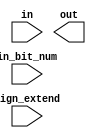
/*
16 bit extender on the left side
 input: in, input to be extended
 input: in_bit_num, amount of bits 
 input: sign_extend, 1 = sign extend, 0 = 0 bit extend
 output: out, 16 bits extended
 */
 
 module leftextender16 (in, in_bit_num, sign_extend, out);
  input[15:0] in;
  input[3:0] in_bit_num;
  input sign_extend;
  output[15:0] out;
 
 endmodule